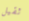
ثقيل